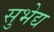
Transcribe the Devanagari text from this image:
सुभेद्य